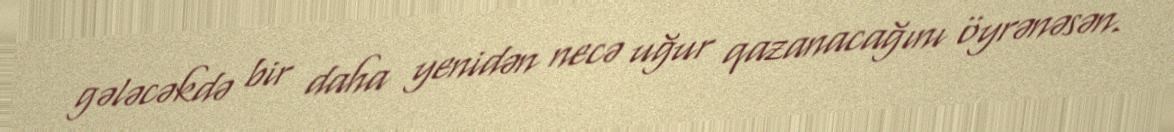
gələcəkdə bir daha yenidən necə uğur qazanacağını öyrənəsən.